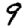
Digit: 9